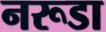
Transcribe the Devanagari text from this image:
नरूडा